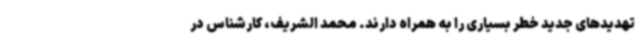
تهدیدهای جدید خطر بسیاری را به همراه دارند. محمد الشریف، کارشناس در